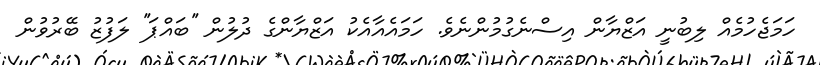
ހަމަޖެހުމެއް ލިބުނީ އަޒްޔާން އިސްނެގުމުންނެވެ. ހަމައެއާއެކު އަޒްޔާންގެ ދުލުން ''ބައްޕަ'' ލަފުޒު ބޭރުވުން